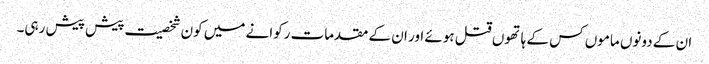
ان کے دونوں ماموں کس کے ہاتھوں قتل ہوئے اور ان کے مقدمات رکوانے میں کون شخصیت پیش پیش رہی۔